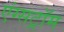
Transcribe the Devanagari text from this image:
एंग्सट्रॉम